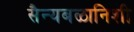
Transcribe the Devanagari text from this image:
सैन्यबळानिशी